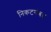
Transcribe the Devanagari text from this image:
निकटसंबद्ध